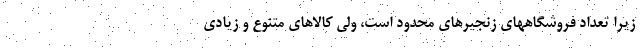
زيرا تعداد فروشگاههاي زنجيرهاي محدود است، ولی كالاهاي متنوع و زيادي